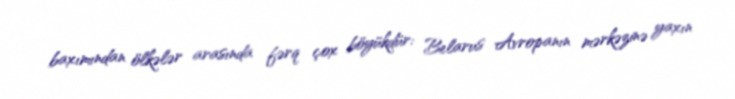
baxımından ölkələr arasında fərq çox böyükdür: Belarus Avropanın mərkəzinə yaxın